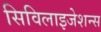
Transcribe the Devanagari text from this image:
सिविलाइजेशन्स